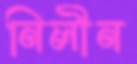
নিলীন